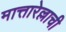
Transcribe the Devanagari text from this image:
मात्तारेल्लाची